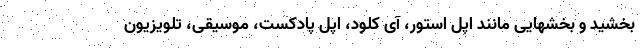
بخشید و بخشهایی مانند اپل استور، آی کلود، اپل پادکست، موسیقی، تلویزیون